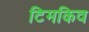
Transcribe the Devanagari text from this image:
टिमकिव